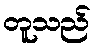
တူသည်